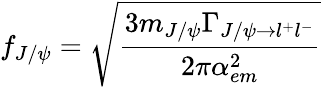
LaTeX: f_{J/\psi}=\sqrt{{\frac{3m_{J/\psi}\Gamma_{J/\psi\rightarrow l^{+}l^{-}}}{2\pi\alpha_{em}^{2}}}}